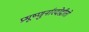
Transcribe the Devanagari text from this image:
प्रभूष्णुर्नारदोद्गीतो